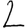
Digit: 2